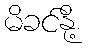
မိခင်နို့